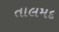
તાલમદ